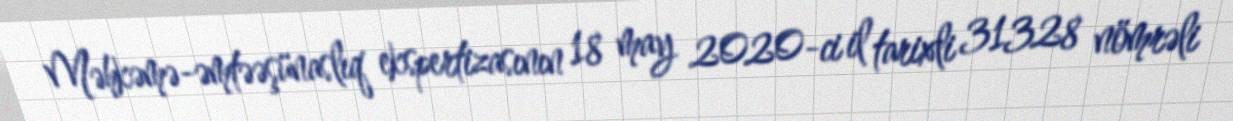
Məhkəmə-əmtəəşünaslıq ekspertizasının 18 may 2020-ci il tarixli 31328 nömrəli